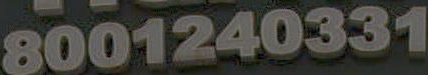
8001240331